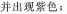
并出现紫色：